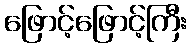
ဖြောင့်ဖြောင့်ကြီး